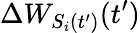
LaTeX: \Delta W_{S_{i}(t^{\prime})}(t^{\prime})